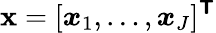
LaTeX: \mathbf{x}=[\boldsymbol{x}_{1},\ldots,\boldsymbol{x}_{J}]^{\boldsymbol{\mathsf{T}}}